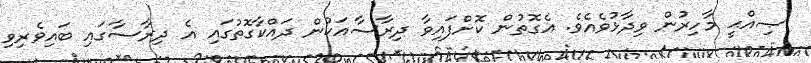
ޞިއްޙީ މާހިރުން ވިދާޅުވެއެވެ. އެގޮތުން ކޮށްފައިވާ ދިރާސާއަކުން ދައްކާގޮތުގައި އެ ދިރާސާގައި ބައިވެރިވި